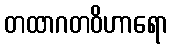
တထာဂတဝိဟာရော